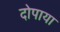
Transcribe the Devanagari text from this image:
दोपाया